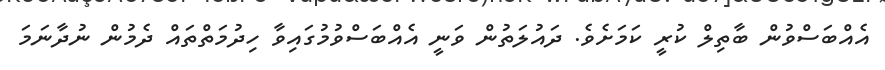
އެއްބަސްވުން ބާތިލް ކުރީ ކަމަށެވެ. ދައުލަތުން ވަނީ އެއްބަސްވުމުގައިވާ ހިދުމަތްތައް ދެމުން ނުދާނަމަ